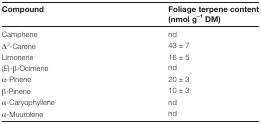
<table><thead><tr><td><b>Compound</b></td><td><b>Foliage terpene content(nmol g<sup>−1</sup> DM)</b></td></tr></thead><tbody><tr><td>Camphene</td><td>nd</td></tr><tr><td>Δ<sup>3</sup>-Carene</td><td>43 ± 7</td></tr><tr><td>Limonene</td><td>16 ± 5</td></tr><tr><td>(<i>E</i>)-β-Ocimene</td><td>nd</td></tr><tr><td>α-Pinene</td><td>20 ± 3</td></tr><tr><td>β-Pinene</td><td>10 ± 3</td></tr><tr><td>α-Caryophyllene</td><td>nd</td></tr><tr><td>α-Muurolene</td><td>nd</td></tr></tbody></table>